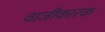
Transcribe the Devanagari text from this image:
वाजीकारक